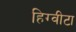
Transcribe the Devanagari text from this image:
हिग्वीटा